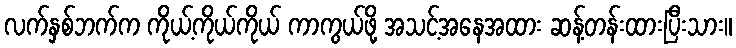
လက်နှစ်ဘက်က ကိုယ့်ကိုယ်ကိုယ် ကာကွယ်ဖို့ အသင့်အနေအထား ဆန့်တန်းထားပြီးသား။